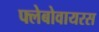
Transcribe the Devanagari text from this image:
फ्लेबोवायरस